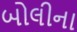
બોલીના